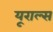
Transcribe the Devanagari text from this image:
यूराल्स